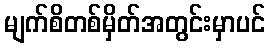
မျက်စိတစ်မှိတ်အတွင်းမှာပင်